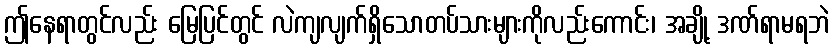
ဤနေရာတွင်လည်း မြေပြင်တွင် လဲကျလျက်ရှိသောတပ်သားများကိုလည်းကောင်း၊ အချို့ ဒဏ်ရာမရဘဲ